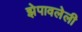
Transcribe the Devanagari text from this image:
झेपावलेली